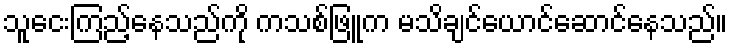
သူငေးကြည့်နေသည်ကို ကသစ်ဖြူက မသိချင်ယောင်ဆောင်နေသည်။